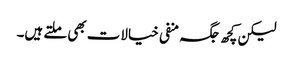
لیکن کچھ جگہ منفی خیالات بھی ملتے ہیں۔